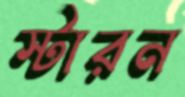
স্টারন